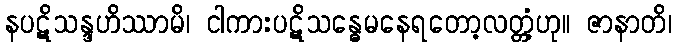
နပဋိသန္ဒဟိဿာမိ၊ ငါကားပဋိသန္ဓေမနေရတော့လတ္တံ့ဟု။ ဇာနာတိ၊